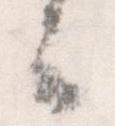
云